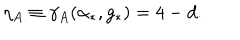
\eta _ { A } \equiv \gamma _ { A } ( \alpha _ { * } , g _ { * } ) = 4 - d .